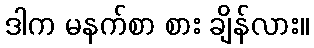
ဒါက မနက်စာ စား ချိန်လား။